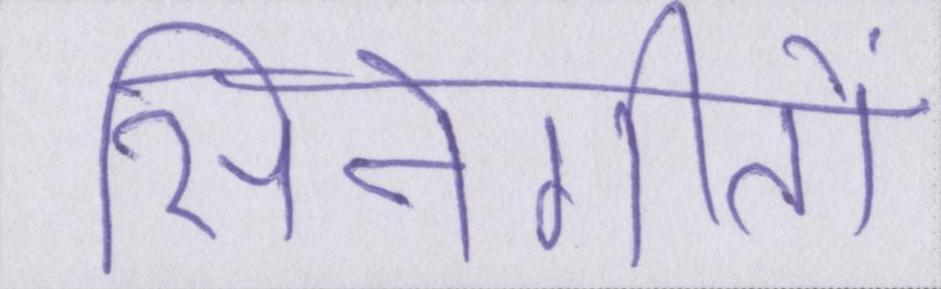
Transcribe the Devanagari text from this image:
सिनेगीतों